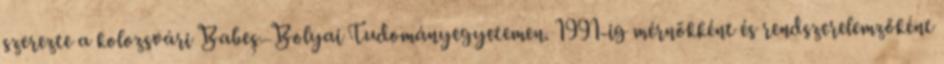
szerezte a kolozsvári Babeș–Bolyai Tudományegyetemen. 1991-ig mérnökként és rendszerelemzőként